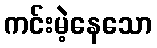
ကင်းမဲ့နေသော